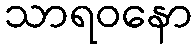
သာရဝနော